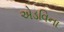
એડવિના